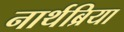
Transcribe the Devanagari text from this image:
नार्थब्रिया